Report on vaccination in Madras 1877-1894 - 1877-1894
Year: 1877
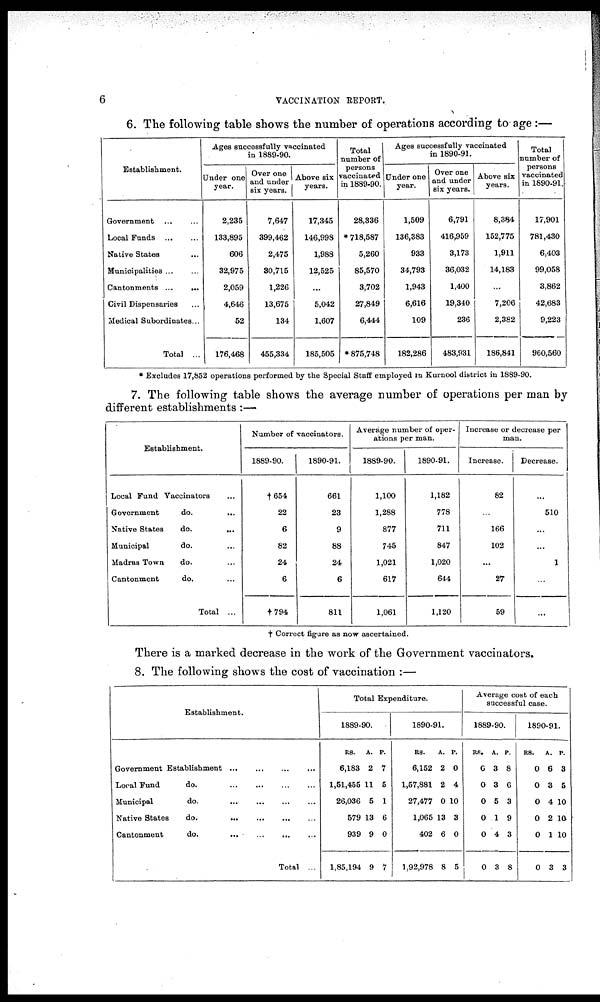
6
VACCINATION REPORT.
6. The following table shows the number of operations according to- age :—
Establishment.
Government ... ...
Local Funds
...
...
Native States ...
Municipalities ... ...
Cantonments
...
...
Civil Dispensaries ...
Medical Subordinates ...
Total ...
Ages successfully vaccinated
in 1889-90.
Under one
year.
2,235
133,895
606
32,975
2,059
4,646
52
176,468
Over one
and under
six years.
7,647
399,462
2,475
30,715
1,226
13,675
134
455,334
Above six
years.
17,345
146,998
1,988
12,525
...
5,042
1,607
185,505
Total
number of
persons
vaccinated
in 1889-90.
28,336
* 718,587
5,260
85,570
3,702
27,849
6,444
*875,748
Ages successfully vaccinated
in 1890-91.
Under one
year.
1,509
136,383
933
34,793
1,943
6,616
109
182,286
Over one
and under
six years.
6,791
416,959
3,173
36,032
1,400
19,340
236
483,931
Above six
years.
8,384
152,775
1,911
14,183
...
7,206
2,382
186,841
Total
number of
persons
vaccinated
in 1890-91.
17,901
781,430
6,403
99,058
3,862
42,683
9,223
960,560
* Excludes 17,852 operations performed by the Special Staff employed in Kurnool district in 1889-90.
7. The following table shows the average number of operations per man by
different establishments:—
Establishment.
Local Fund Vaccinators ...
Government
do.
...
Native States
do.
...
Municipal
do. ...
Madras Town
do. ...
Cantonment
do. ...
Total ...
Number of vaccinators.
1889-90.
†654
22
6
82
24
6
†794
1890-91.
661
23
9
88
24
6
811
Average number of oper-
ations per man.
1889-90.
1,100
1,288
877
745
1,021
617
1,061
1890-91.
1,182
778
711
847
1,020
644
1,120
Increase or decrease per
man.
Increase.
82
...
166
102
...
27
59
Decrease.
...
510
...
...
1
...
...
† Correct figure as now ascertained.
There is a marked decrease in the work of the Government vaccinators.
8. The following shows the cost of vaccination :—
Establishment.
Government Establishment
...
...
...
...
Local Fund
do.
...
...
...
...
Municipal
do.
...
...
...
...
Native States
do.
...
...
...
...
Cantonment
do.
...
...
... ...
Total ...
Total Expenditure.
1889-90.
RS.
6,183
1,51,455
26,036
579
939
1,85,194
A.
2
11
5
13
9
9
P.
7
5
1
6
0
7
1890-91.
RS.
6,152
1,57,881
27,477
1,065
402
1,92,978
A.
2
2
0
13
6
8
P.
0
4
10
3
0
5
Average cost of each
successful case.
1889-90.
RS.
0
0
0
0
0
0
A.
3
3
5
1
4
3
P.
8
6
3
9
3
8
1890-91.
RS.
0
0
0
0
0
0
A.
6
3
4
2
1
3
P.
3
5
10
10
10
3